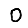
Digit: 0